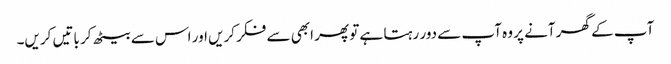
آپ کے گھر آنے پر وہ آپ سے دور رہتا ہے تو پھر ابھی سے فکر کریں اور اس سے بیٹھ کر باتیں کریں۔